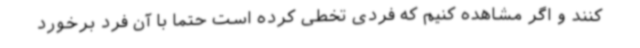
کنند و اگر مشاهده کنیم که فردی تخطی کرده است حتما با آن فرد برخورد